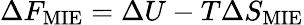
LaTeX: \Delta F_{\textrm{MIE}}=\Delta U-T\Delta S_{\textrm{MIE}}